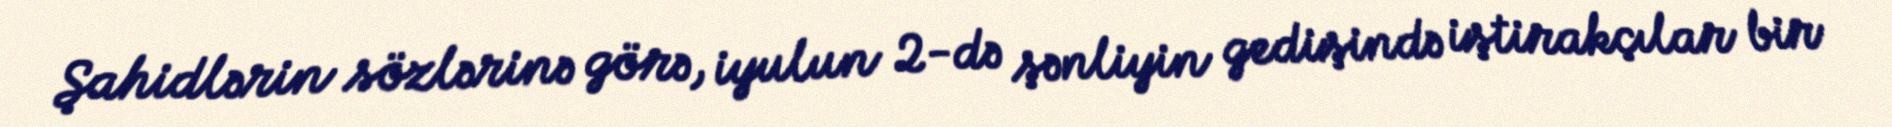
Şahidlərin sözlərinə görə, iyulun 2-də şənliyin gedişində iştirakçılar bir